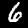
Label: 6